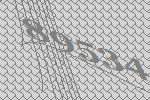
89534